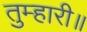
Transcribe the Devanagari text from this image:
तुम्हारी॥